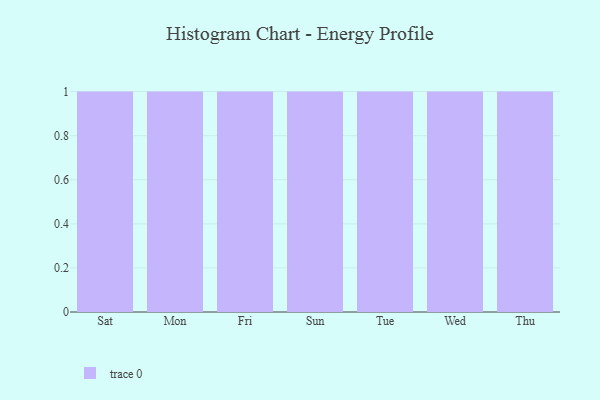
{"axis": {"x": "Day", "y": "Bounce Rate (%)"}, "legend": [""], "data": [{"x": "Sat", "y": 57, "type": ""}, {"x": "Mon", "y": 60, "type": ""}, {"x": "Fri", "y": 29, "type": ""}, {"x": "Sun", "y": 28, "type": ""}, {"x": "Tue", "y": 47, "type": ""}, {"x": "Wed", "y": 37, "type": ""}, {"x": "Thu", "y": 25, "type": ""}]}